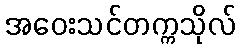
အဝေးသင်တက္ကသိုလ်